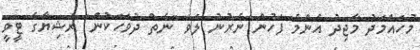
މުހައްމަދު މާޖިދު އެންމެ ފަހުން ނެރުނު ލަވަ "ނެތް ދުވަހަކުން" ރަޝިޔާގެ ޓީވީ